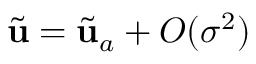
\tilde { \mathbf { u } } = \tilde { \mathbf { u } } _ { a } + O ( \sigma ^ { 2 } )